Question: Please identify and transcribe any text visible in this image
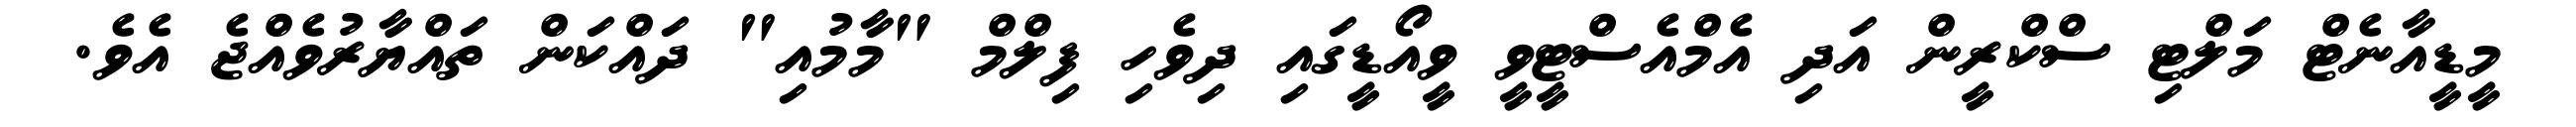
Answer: މީޑީއާނެޓް މަލްޓި ސްކްރީން އަދި އެމްއެސްޓީވީ ވީއޯޑީގައި ދިވެހި ފިލްމް "މާމުއި" ދައްކަން ތައްޔާރުވެއްޖެ އެވެ.